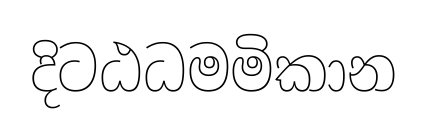
දිටඨධමමිකාන